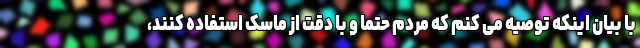
با بیان اینکه توصیه می کنم که مردم حتما و با دقت از ماسک استفاده کنند،